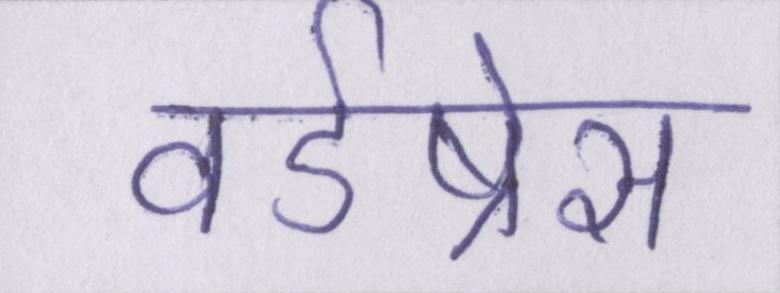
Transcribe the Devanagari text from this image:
वर्डप्रेस